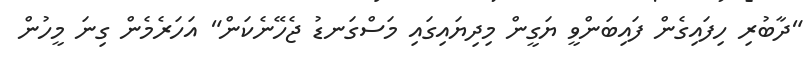
"ދާބުރި ހިފައިގެން ފައިބަންވީ ޔަގީން މިދިޔައިގައި މަސްގަނޑު ޖެހޭނެކަން" އަހަރެމެން ގިނަ މީހުން